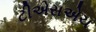
ટીએસએચ